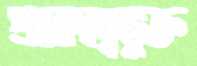
প্রজাস্বত্বভুক্ত